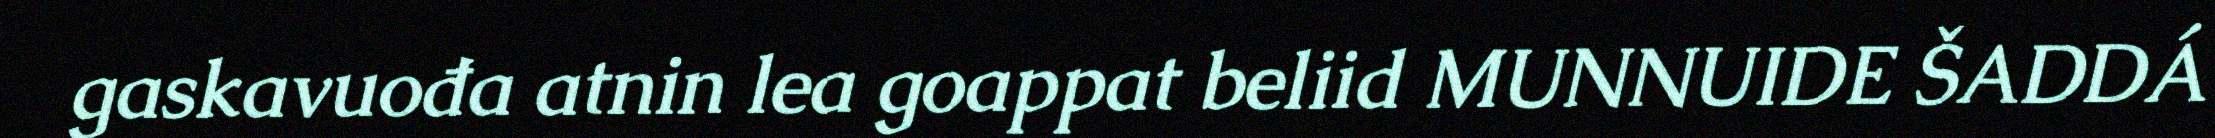
gaskavuođa atnin lea goappat beliid MUNNUIDE ŠADDÁ